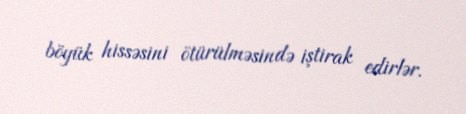
böyük hissəsini ötürülməsində iştirak edirlər.